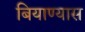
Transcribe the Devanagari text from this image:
बियाण्यास